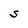
Character: S